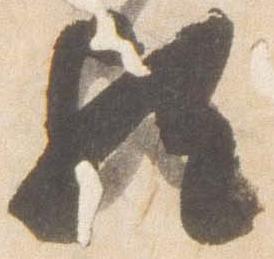
歟